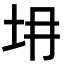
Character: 𡉱